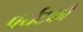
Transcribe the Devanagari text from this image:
पर्यटकौं